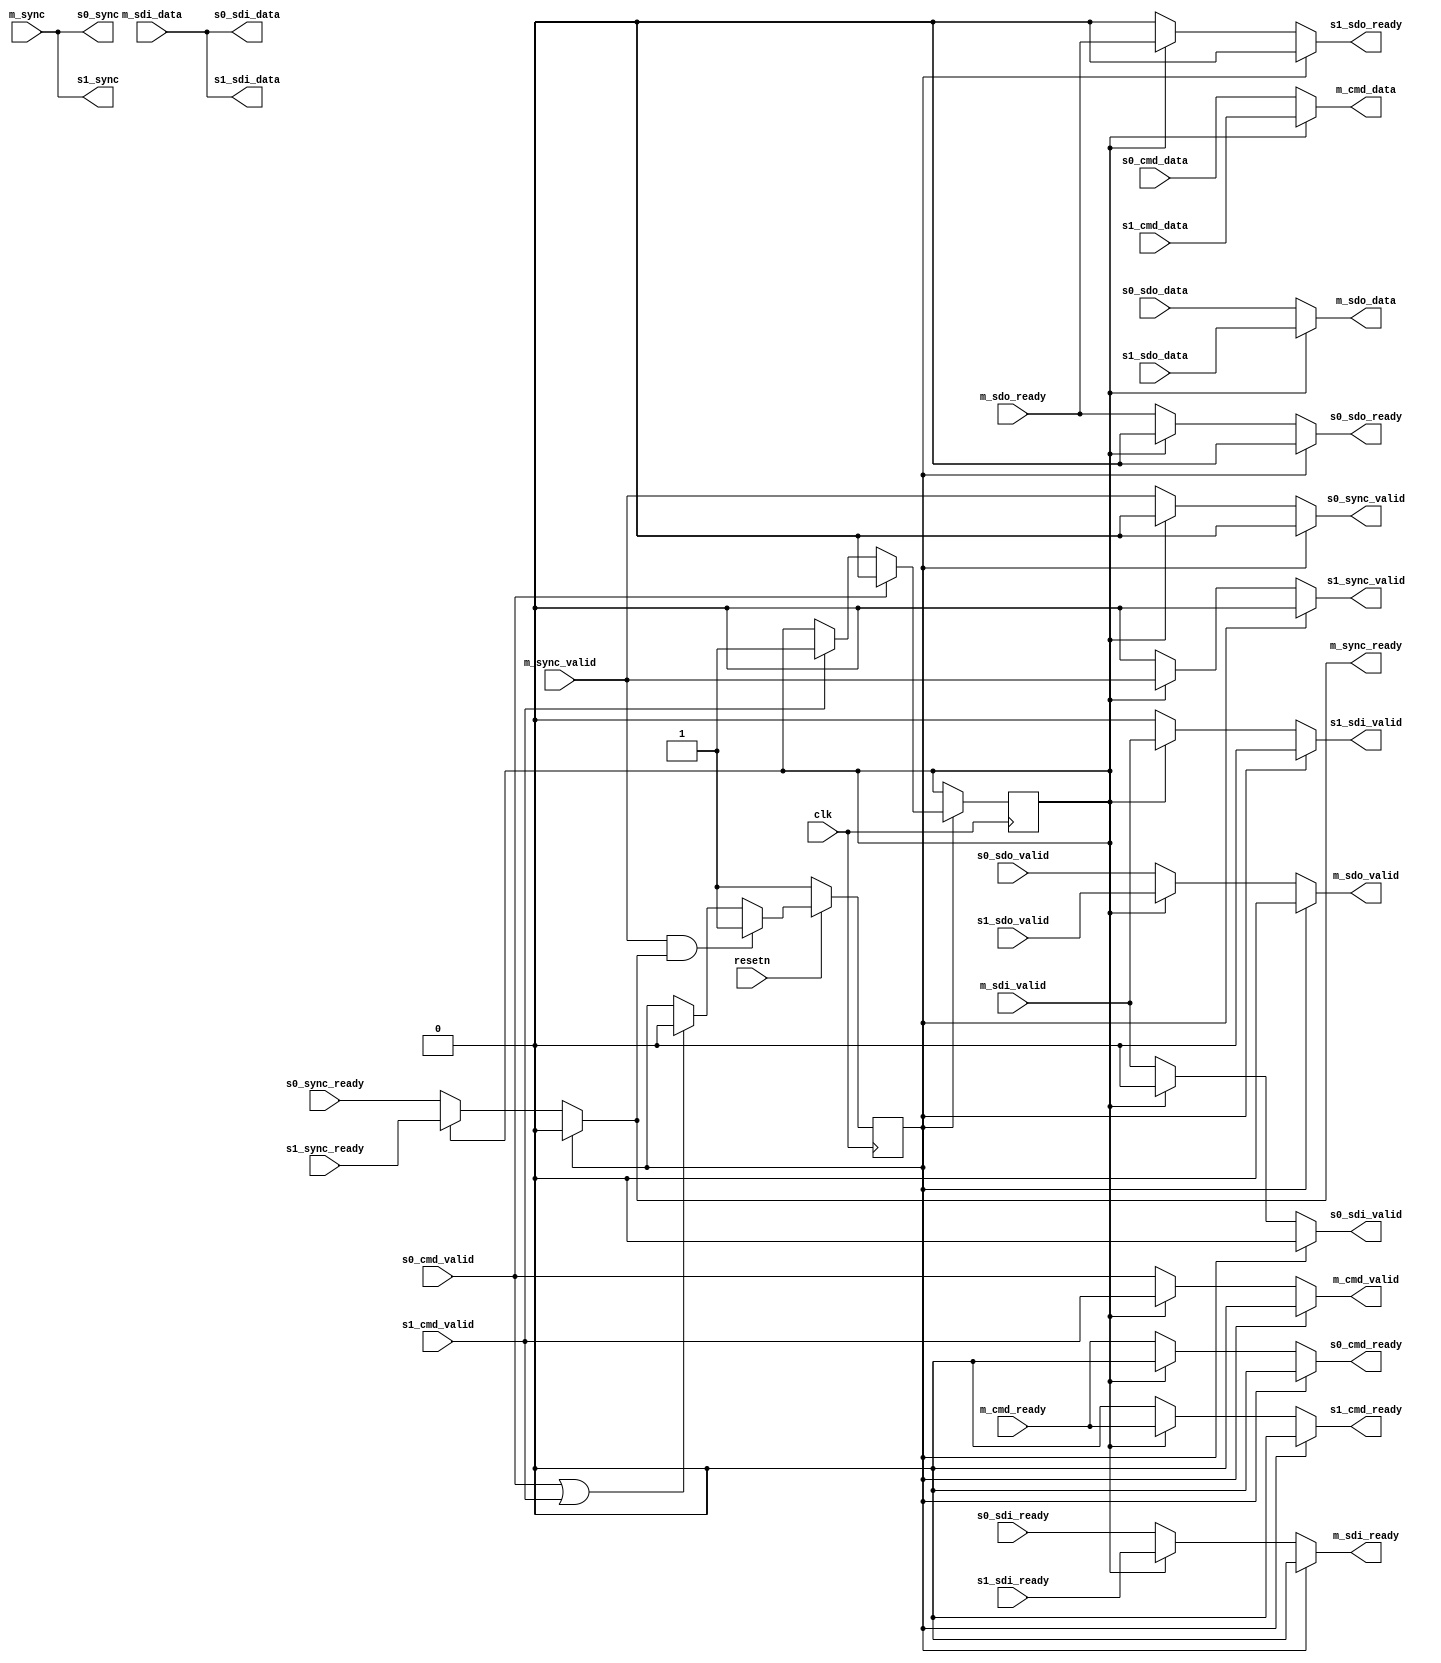
module spi_engine_interconnect (
  input clk,
  input resetn,

  output m_cmd_valid,
  input m_cmd_ready,
  output [15:0] m_cmd_data,

  output m_sdo_valid,
  input m_sdo_ready,
  output [(DATA_WIDTH-1):0] m_sdo_data,

  input m_sdi_valid,
  output m_sdi_ready,
  input [(NUM_OF_SDI * DATA_WIDTH-1):0] m_sdi_data,

  input m_sync_valid,
  output m_sync_ready,
  input [7:0] m_sync,


  input s0_cmd_valid,
  output s0_cmd_ready,
  input [15:0] s0_cmd_data,

  input s0_sdo_valid,
  output s0_sdo_ready,
  input [(DATA_WIDTH-1):0] s0_sdo_data,

  output s0_sdi_valid,
  input s0_sdi_ready,
  output [(NUM_OF_SDI * DATA_WIDTH-1):0] s0_sdi_data,

  output s0_sync_valid,
  input s0_sync_ready,
  output [7:0] s0_sync,


  input s1_cmd_valid,
  output s1_cmd_ready,
  input [15:0] s1_cmd_data,

  input s1_sdo_valid,
  output s1_sdo_ready,
  input [(DATA_WIDTH-1):0] s1_sdo_data,

  output s1_sdi_valid,
  input s1_sdi_ready,
  output [(NUM_OF_SDI * DATA_WIDTH-1):0] s1_sdi_data,

  output s1_sync_valid,
  input s1_sync_ready,
  output [7:0] s1_sync
);

parameter DATA_WIDTH = 8;                   // Valid data widths values are 8/16/24/32
parameter NUM_OF_SDI = 1;

reg s_active = 1'b0;

reg idle = 1'b1;

`define spi_engine_interconnect_mux(s0, s1) (idle == 1'b1 ? 1'b0 : (s_active == 1'b0 ? s0 : s1))

assign m_cmd_data   = s_active == 1'b0 ? s0_cmd_data : s1_cmd_data;
assign m_cmd_valid  = `spi_engine_interconnect_mux(s0_cmd_valid, s1_cmd_valid);
assign s0_cmd_ready = `spi_engine_interconnect_mux(m_cmd_ready, 1'b0);
assign s1_cmd_ready = `spi_engine_interconnect_mux(1'b0, m_cmd_ready);

assign m_sdo_data   = s_active == 1'b0 ? s0_sdo_data : s1_sdo_data;
assign m_sdo_valid  = `spi_engine_interconnect_mux(s0_sdo_valid, s1_sdo_valid);
assign s0_sdo_ready = `spi_engine_interconnect_mux(m_sdo_ready, 1'b0);
assign s1_sdo_ready = `spi_engine_interconnect_mux(1'b0, m_sdo_ready);

assign s0_sdi_data  = m_sdi_data;
assign s1_sdi_data  = m_sdi_data;
assign m_sdi_ready  = `spi_engine_interconnect_mux(s0_sdi_ready, s1_sdi_ready);
assign s0_sdi_valid = `spi_engine_interconnect_mux(m_sdi_valid, 1'b0);
assign s1_sdi_valid = `spi_engine_interconnect_mux(1'b0, m_sdi_valid);

assign s0_sync       = m_sync;
assign s1_sync       = m_sync;
assign m_sync_ready  = `spi_engine_interconnect_mux(s0_sync_ready, s1_sync_ready);
assign s0_sync_valid = `spi_engine_interconnect_mux(m_sync_valid, 1'b0);
assign s1_sync_valid = `spi_engine_interconnect_mux(1'b0, m_sync_valid);

always @(posedge clk) begin
  if (idle == 1'b1) begin
    if (s0_cmd_valid)
      s_active <= 1'b0;
    else if (s1_cmd_valid)
      s_active <= 1'b1;
  end
end

always @(posedge clk) begin
  if (resetn == 1'b0) begin
    idle = 1'b1;
  end else begin
    if (m_sync_valid == 1'b1 && m_sync_ready == 1'b1) begin
      idle <= 1'b1;
    end else if (s0_cmd_valid == 1'b1 || s1_cmd_valid == 1'b1) begin
      idle <= 1'b0;
    end
  end
end

endmodule